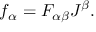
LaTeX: f _ { \alpha } = F _ { \alpha \beta } J ^ { \beta } .